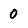
Character: 0